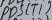
Text: PD5(T1)